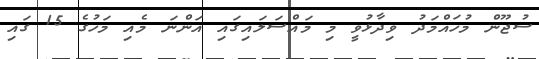
ސުޖޫން މުހައްމަދު ވިދާޅުވީ މި މައްސަލައިގައި އަންނަ މެއި މަހުގެ 15 ގައި